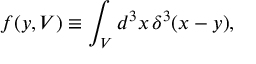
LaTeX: f ( y , V ) \equiv \int _ { V } d ^ { 3 } x \, \delta ^ { 3 } ( x - y ) ,